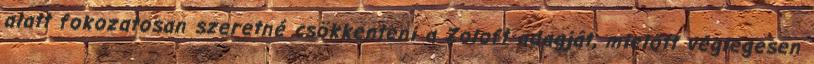
alatt fokozatosan szeretné csökkenteni a Zoloft adagját, mielőtt véglegesen